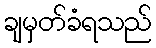
ချမှတ်ခံရသည်